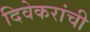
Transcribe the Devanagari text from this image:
दिवेकरांची